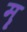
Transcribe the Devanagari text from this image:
मॄ